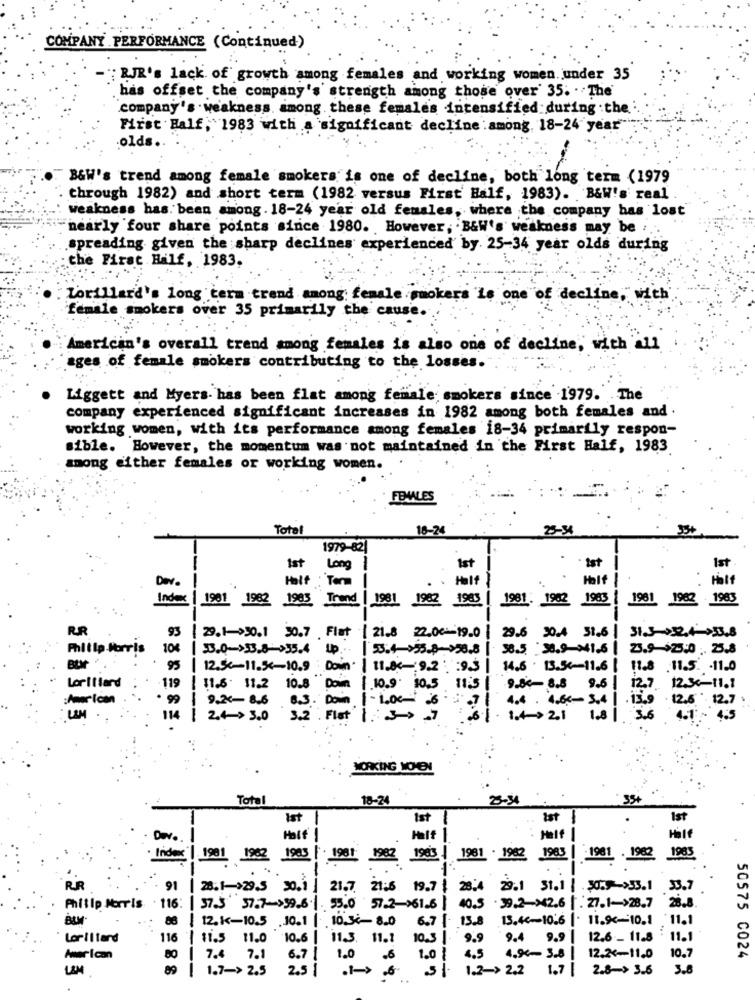
COMPANY PERFORMANCE (Continued)
"RJR's lack of growth among females and working women under 35
has offset the company's strength among those over' 35. . The
company's . weakness. among these females intensified during the.
First Half, 1983 with a significant decline :among. 18-24 year"
-olds.
B&W's trend among female smokers is one of decline, both long term (1979
through 1982) and short term (1982 versus First Half, 1983). B&W's real
weakness has been among . 18-24 year old females, where the company has lost
nearly four share points since 1980. However, B&W's weakness may be ...
spreading given the sharp declines experienced by. 25-34 year olds during
the First Half, 1983.
Lorillard's long term trend among: female smokers is one of decline, with
female smokers over 35 primarily the cause.
American's overall trend among females is also one of decline, with all
ages of female smokers contributing to the losses.
Liggett and Myers. has been flat among female smokers since 1979. The
company experienced significant increases in 1982 among both females and .
working women, with its performance among females 18-34 primarily respon-
sible. However, the momentum was not maintained in the First Half, 1983
among either females or working women.
FBILES
Total
18-24
25-34
35+
1979-82|
Ist
1st
Ist
Long
Ist
Dav.
Term
Half
Hat
Index
1981 1962
1985 Trend | 1981
1982
1983
1981. 1962 1983
1981 1962 1963
RR
93
29.6 30.4 31.6 | 31.3-32.4->53.8
29.1->30.1 30.7 Flat | 21.8 22.06-19.0
Philip Morris
10€
38.5 :38.9-341.6 | 23.9-$25:0 ;. 25.8
95
12.50-11.54- 10.9 : Down' | 11.84- 9.2 : : 93
14.6 . 13.54-11.6 | 11.8 .11.5. - 11.0
.119
LorIllard
11.5. 11.2 10.8 Down ( 10.9. 10.5
9.00- 8.8 8.6 | 12.7. 1234-11.1
:American
99
9.24- 8.6
0.3. Doin 1-1.00- 26
4.4 . 4.66- 3.4 1 .13.9
12,6 127
UM
114
| 2.4 > 3.0 3.2 . Flat | .: 3 7
1.4 2.1 1.8 | 3.6
4.1 - 4.5
WORKING WOMEN
Total
18-24
2-34
35+
Ist
Ist {
Ist
Dev ..
Half
-
Half
Half
Index | 1901 1962
1983 [ 1961 1982
1983 | 1981 . 1962 1983 | -1961 . 1962 1985
RR
91 | 28.1->29.5 30.1 | 21.7. 21:6 19.7 | 28.4 29.1 31.1 | 30x 33.1
53.7
Philip Morris 116: 37.3 37.7->39.6.1 . 55.0 57.2->61.6 | 40.5 . 39.2-><2.6 | : 27.1->28.7
BLY
88 | 12.1-10.5 .J0.1 | 10.3- 8.0
6.7 - 13.8
13.46~10.6 | . 11.9-10.1
11.1
LoriI tard
116 | 11.5 11.0
10.6 |
11.3. 11.1
10.3 9.9
9.4 9.9 | 12.6 - 11.8
11.1
Aner Ican
80 | 7.4
7.1
6.7 | 1.0
.6
1.0 1
4.5
4.94- 3.8 |
12.24-11.0
10.7
50575 0024
89 | 1.7-> 2.5
2.5 1
.1->
5 1. 1.2-> 2.2 1.7 |
2.8-> 3.6